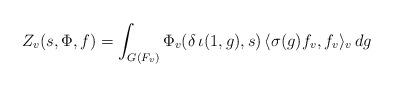
LaTeX: \begin{align*} Z_v(s,\Phi,f) = \int_{G(F_v)} \Phi_v(\delta \, \iota(1,g) , s) \, \langle \sigma(g) f_v , f_v \rangle_v \, dg\end{align*}